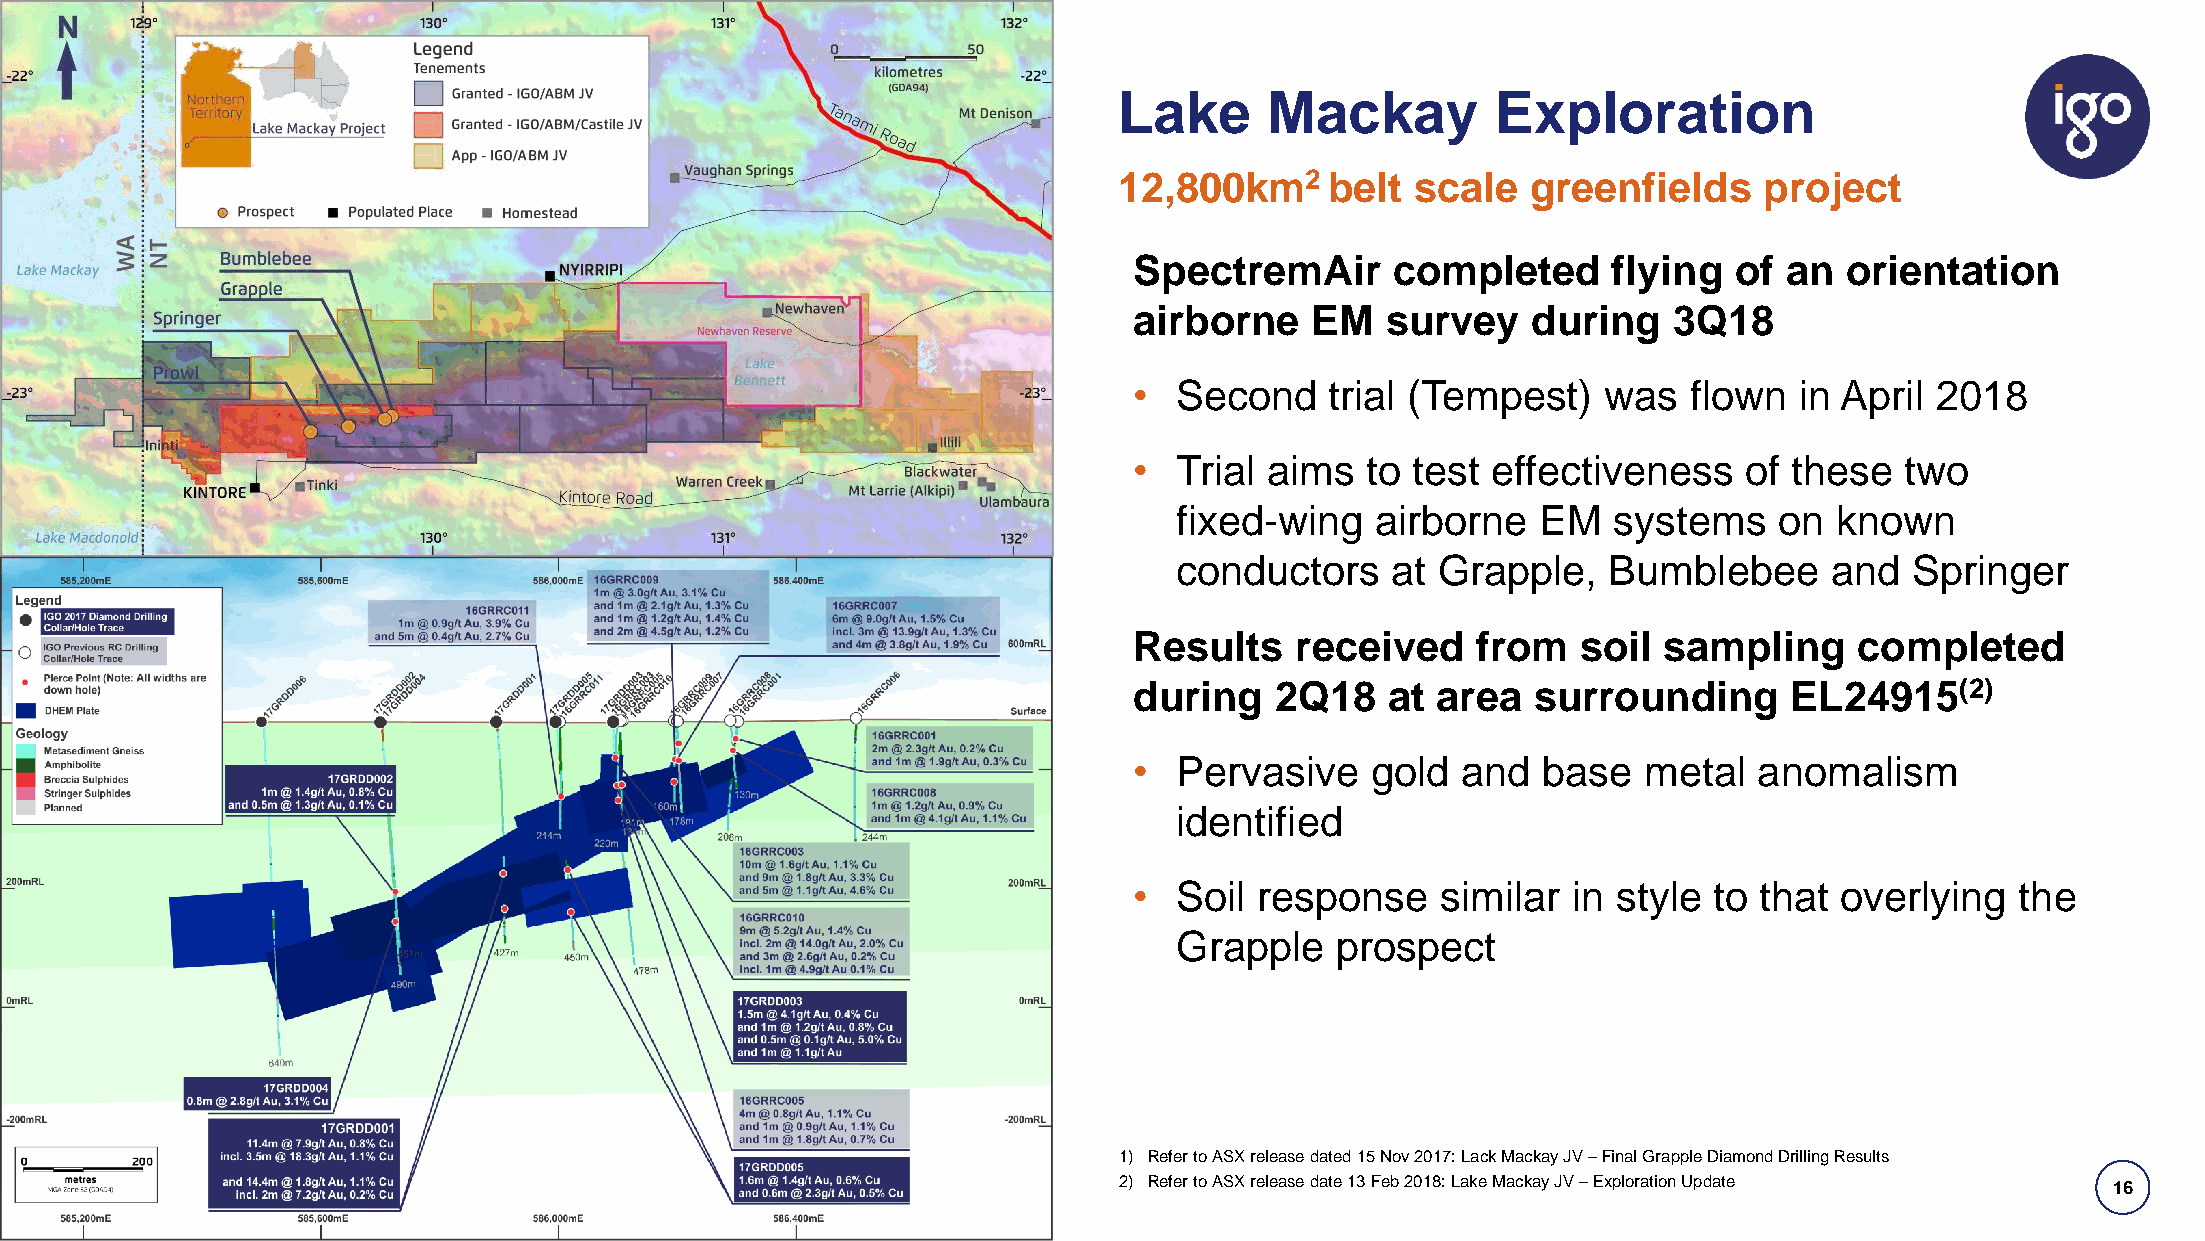
Lake      Mackay         Exploration
 12,800km2     belt  scale  greenfields     project
 SpectremAir      completed      flying  of an  orientation
 airborne    EM   survey   during    3Q18
 •  Second    trial (Tempest)   was   flown  in April 2018
 •  Trial aims  to  test effectiveness    of these  two
 fixed-wing   airborne   EM   systems    on  known
 conductors    at Grapple,   Bumblebee      and   Springer
 Results    received    from   soil sampling     completed
 during   2Q18    at area   surrounding      EL24915(2)
 •  Pervasive    gold  and  base   metal  anomalism
 identified
 •  Soil response    similar  in style to that  overlying   the
 Grapple   prospect
 1) Refer to ASX release dated 15 Nov 2017: Lack Mackay JV –Final Grapple Diamond Drilling Results
 Grapple drilling long section(1)  2) Refer to ASX release date 13 Feb 2018: Lake Mackay JV –Exploration Update
 16